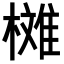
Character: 𣚳